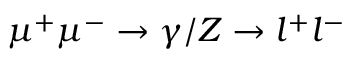
\mu ^ { + } \mu ^ { - } \to \gamma / Z \to l ^ { + } l ^ { - }